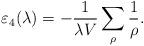
LaTeX: \begin{align*}\varepsilon_4(\lambda)= -\frac{1}{\lambda V}\sum_{\rho}\frac{1}{\rho}.\end{align*}